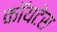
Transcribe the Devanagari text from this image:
कॉयटेस